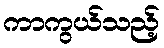
ကာကွယ်သည့်